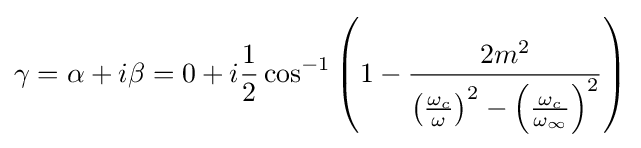
\gamma =\alpha +i\beta =0+i{\frac {1}{2}}\cos ^{-1}\left(1-{\frac {2m^{2}}{\left({\frac {\omega _{c}}{\omega }}\right)^{2}-\left({\frac {\omega _{c}}{\omega _{\infty }}}\right)^{2}}}\right)